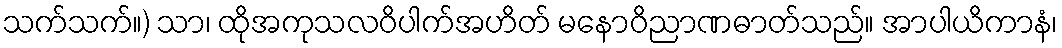
သက်သက်။) သာ၊ ထိုအကုသလဝိပါက်အဟိတ် မနောဝိညာဏဓာတ်သည်။ အာပါယိကာနံ၊